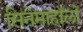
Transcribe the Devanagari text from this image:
सिनेमाहॉलों